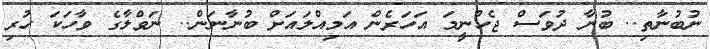
ނުބުނާތި.. ބުނާ ދުވަސް ޖެހުނީމަ އަހަރެން އަމިއްލައަށް ބުނާނަން.. ނަވްލާގެ ވާހަކަ ހުރި